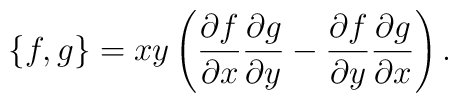
\{f, g\}     = xy \left(        \frac{\partial f}{\partial x}        \frac{\partial g}{\partial y}        -        \frac{\partial f}{\partial y}        \frac{\partial g}{\partial x}    \right).